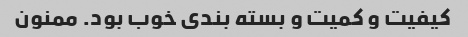
کیفیت و کمیت و بسته بندی خوب بود. ممنون